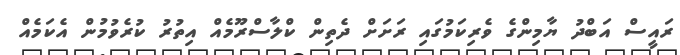
ރައީސް އަބްދު ޔާމިންގެ ވެރިކަމުގައި ރަށަށް ދެތިން ކްލާސްރޫމެއް އިތުރު ކުރެވުމުން އެކަމެއް